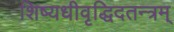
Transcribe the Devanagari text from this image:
शिष्यधीवृद्धिदतन्त्रम्